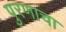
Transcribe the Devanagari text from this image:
पुरणाचा